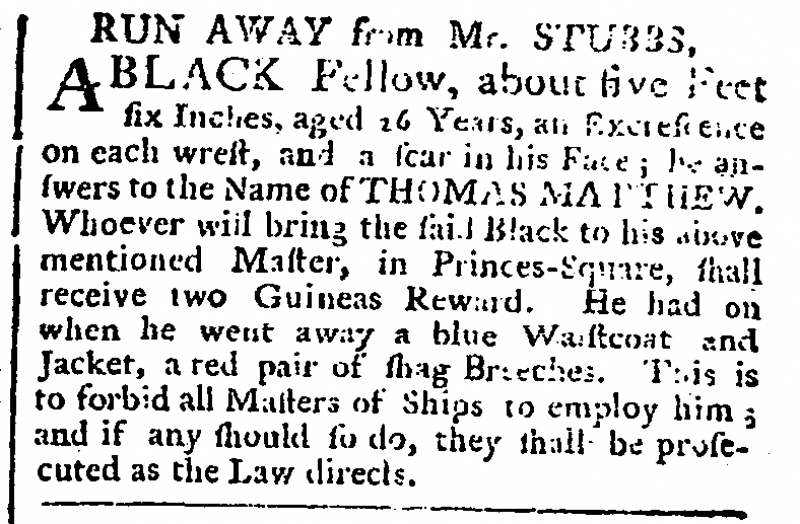
Public Ledger, Or, Daily Register of Commerce and Intelligence, 4 November 1761 (England)
  RUN AWAY from Mr. STUBBS,A BLACK Fellow, about five Feet six Inches, aged 26 Years, an Excrescence on each wrest, and a scar in his Face; he answers to the Name of THOMAS MATTHEW. Whoever will bring the said Black to his above mentioned Master, in Princes-Square, shall receive two Guineas Reward. He had on when he went away a blue Waistcoat and Jacket, a red pair of shag Breeches. This is to forbid all Masters of Ships to employ him; and if any should so do, they shall be prosecuted as the Law directs.